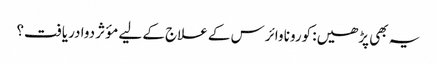
یہ بھی پڑھیں: کورونا وائرس کے علاج کے لیے مؤثر دوا دریافت؟